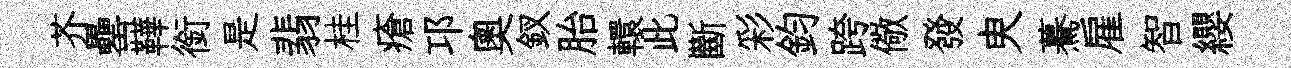
芥罍鞾銜是翡桂瘡邛奥釵胎轘此斷彩鈞跨儆發㬰驀雇智纓